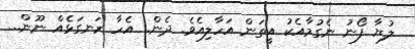
ލުޔާ ފޯނު ނެގުމާއެކު އީތަން އަހާލިއެވެ. ދެން.. އެހާ ރަނގަޅެއް ނޫން..